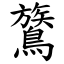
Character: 鷟